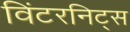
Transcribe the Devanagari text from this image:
विंटरनिट्‌स